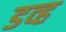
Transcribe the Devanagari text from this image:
डव्ह